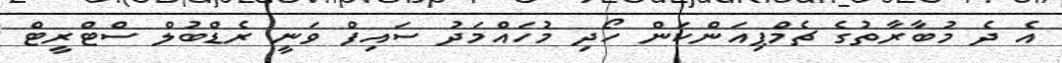
އެ ދެ މުބާރާތުގެ ޗެމްޕިއަންކަން ހޯދި މުހައްމަދު ސައިފް ވަނީ ރެޑްބުލް ސްޓްރީޓް